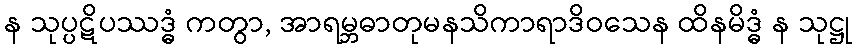
န သုပ္ပဋိပဿဒ္ဓံ ကတွာ, အာရမ္ဘဓာတုမနသိကာရာဒိဝသေန ထိနမိဒ္ဓံ န သုဋ္ဌု